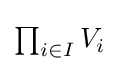
\textstyle {\prod _{i\in I}V_{i}}